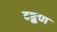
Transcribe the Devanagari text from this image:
टङ्कण